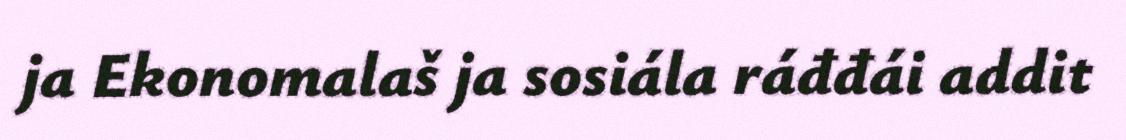
ja Ekonomalaš ja sosiála ráđđái addit